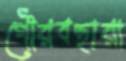
গৌরবহারা